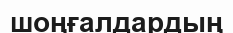
шоңғалдардың